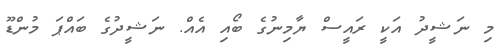
މި ނަޝީދު އަކީ ރައީސް ޔާމިނުގެ ބޯއި އެއް. ނަޝީދުގެ ބައްޕަ މުންޑޫ